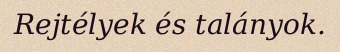
Rejtélyek és talányok.